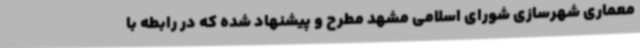
معماری ‌شهرسازی شورای اسلامی مشهد مطرح و پیشنهاد شده که در رابطه با